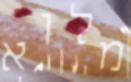
מלוא